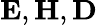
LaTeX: \mathbf{E},\mathbf{H},\mathbf{D}